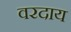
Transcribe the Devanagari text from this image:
वरदाय